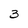
Character: 3